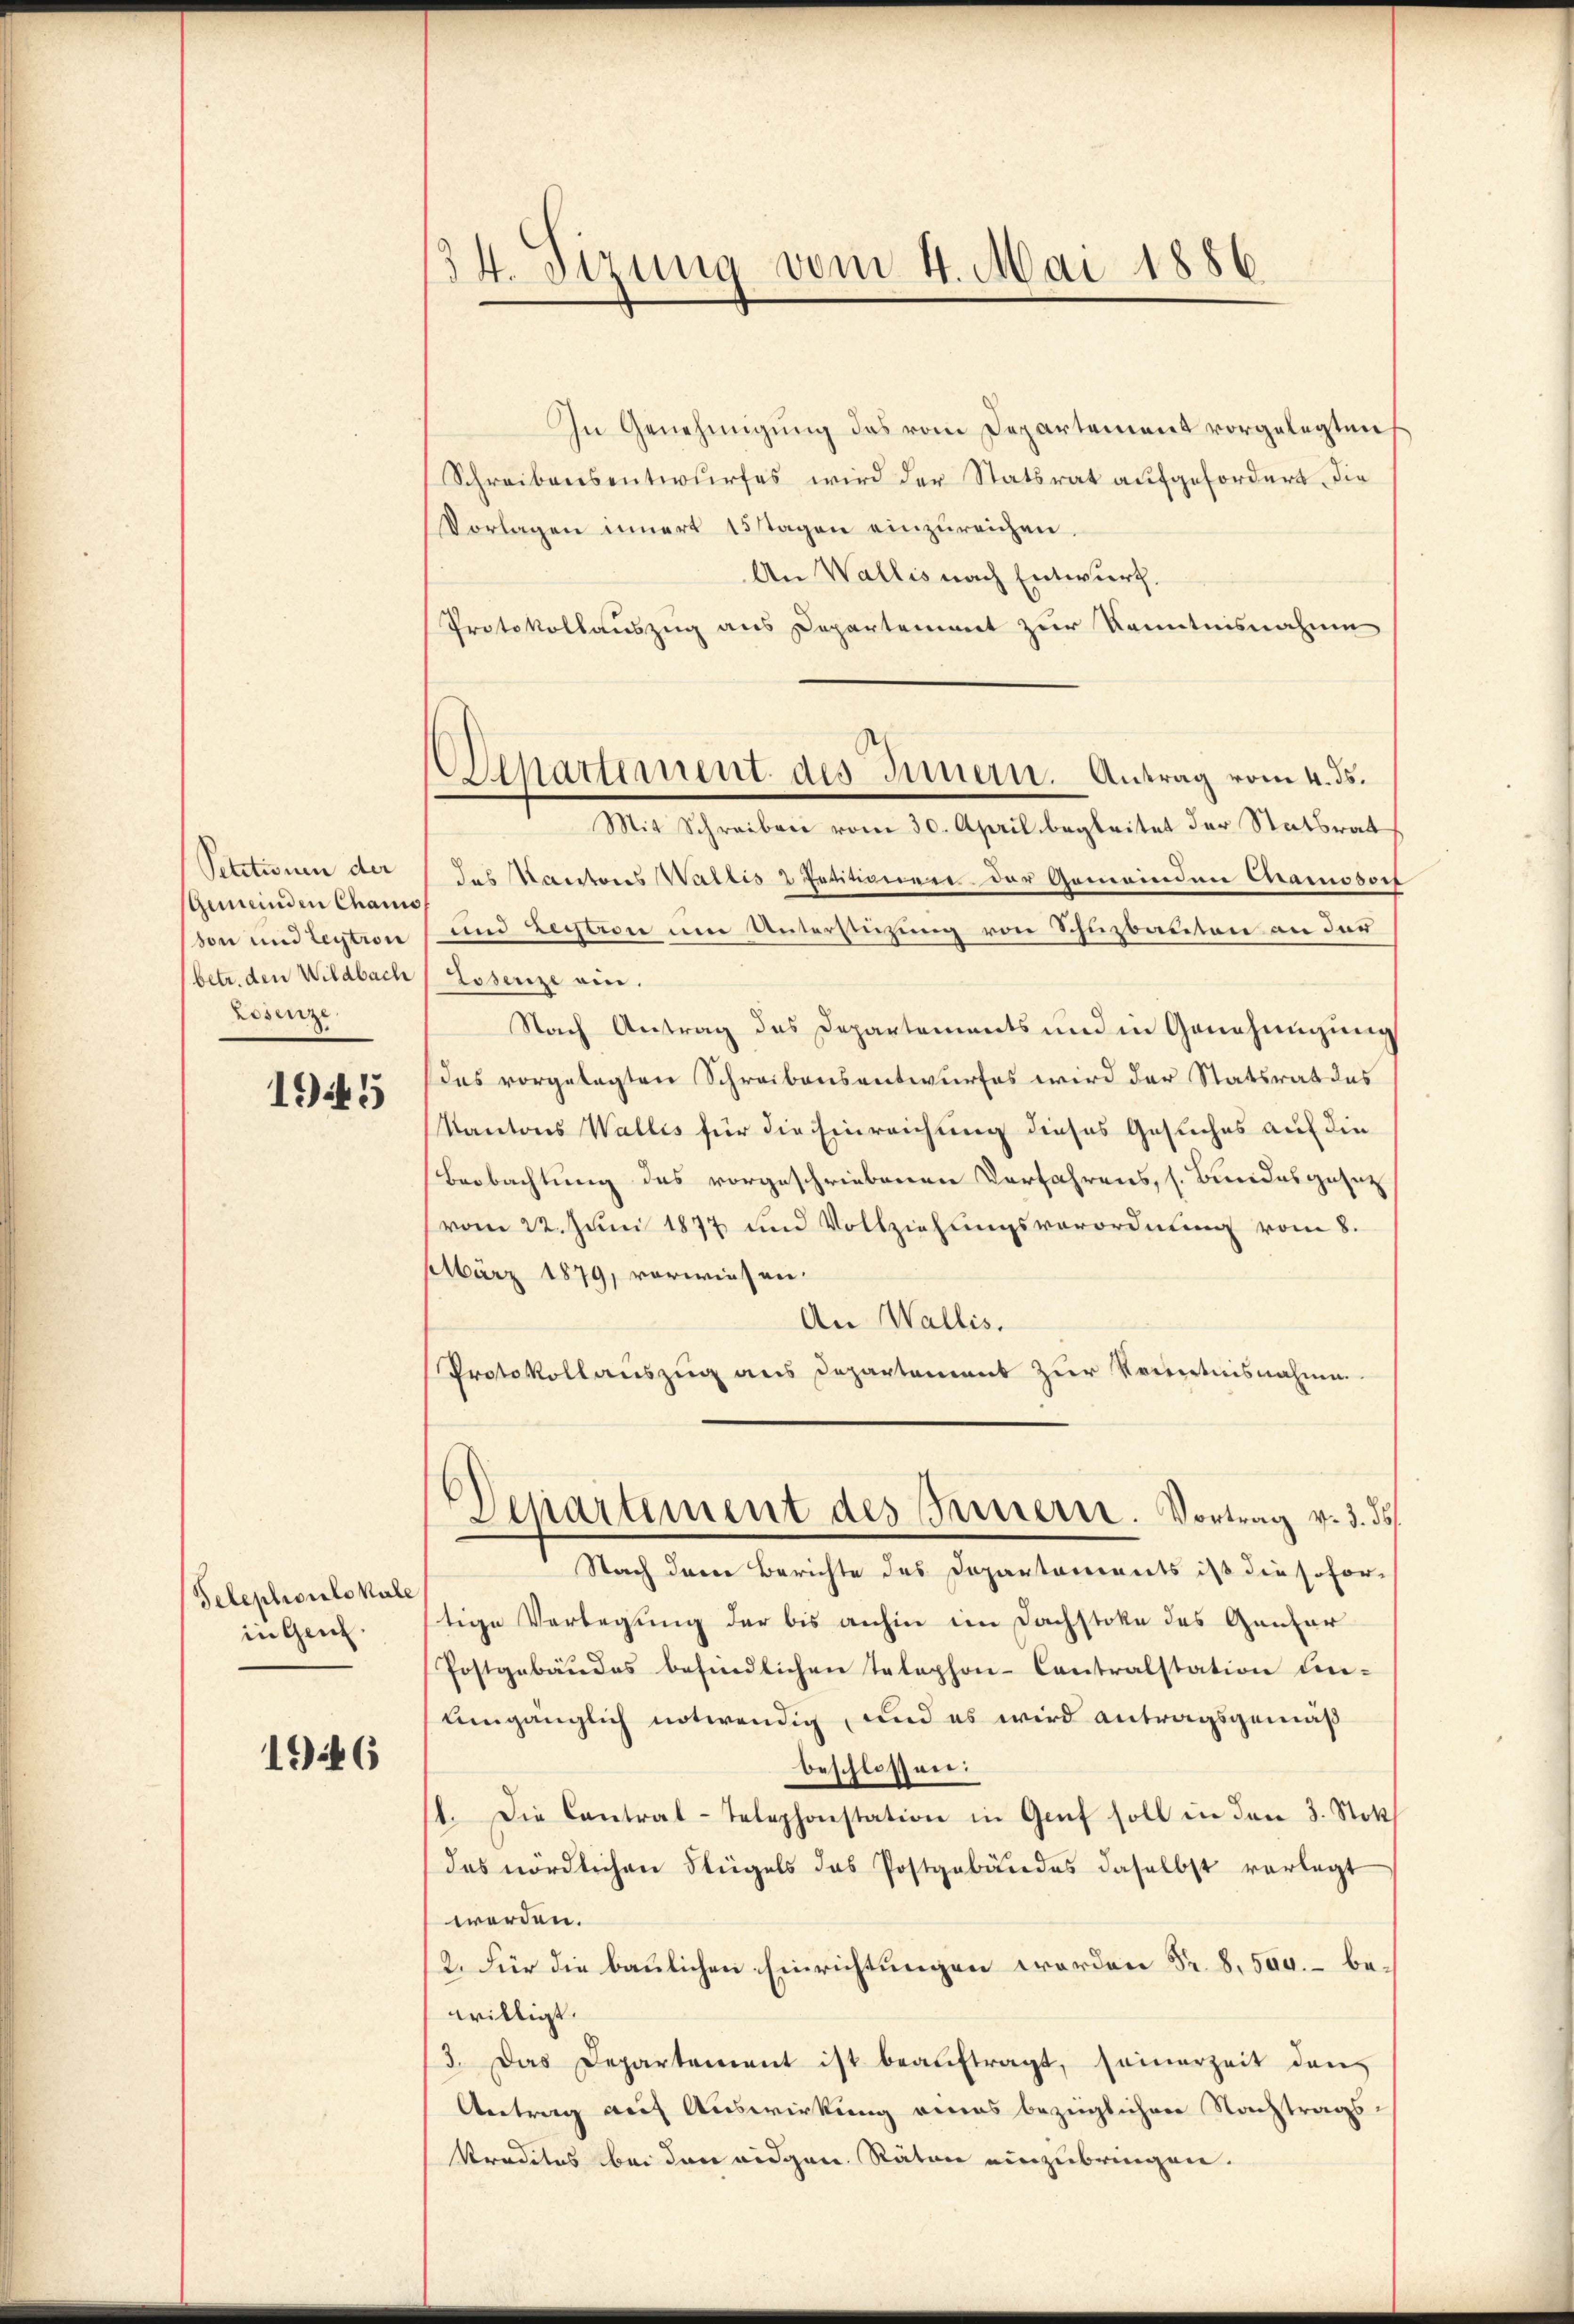
Petitionen der
sGemeinden Chamo
von und leytion
(betr. den Wildbach
Lesez

1945

Telephonlokale
in Gen.

1946

34. Sizung vom 4. Mai 1886.

Departement des Innern. Antrag vom 4. ds.

In Genehmigung das vom Departement vorgelegten
Schreibensentwŭrfes wird der Statsrat aufgefordert, die
Vorlagen innert 15 Tagen einzŭreichen.
An Wallis nach Entwurf.
Protokollauszug aus Departement zur Kenntnisnahme
Mit Schreiben vom 30. April begleitet der Statsrat
das Kantons Wallis 2 Petitionen der Gemeinden Chamosort
und Leistion um Unterstüzung von Schuzbauten an der
Tosenze ein.
Nach Antrag des Departements und in Genehmigung
Das vorgelegten Schreibensantwurfes wird der Statsrat des
Kantons Wallis für die Einreichung dieses Gesuches auf die
Beobachtung des vorgeschriebenen Verfahrens, s. Bundesgeset
vom 22. Juni 1877 und Vollziehungsverordnung vom 8.
März 1879, vorwiesen.
An Wallis.
Protokollauszug aus Departement zur Kenntnisnahmen.
Departement des Innern. Vortrag v. 3. ds.
Nach dem Berichte des Departaments ist die sofortige Verlegung der bis anhin im Dachstoke des Ganzer
Postgebäudes befindlichen Telephon-Contralstation un-
Umgänglich notwendig, und es wird antragsgemäß
beschlossen:
11. Die Contral-Telephonstation in Genf soll in den 3. Stok
das nördlichen Flügels das Postgebäudes daselbst vorlegt
werden.
2. Für die baulichen Einrichtungen worden Sr. S. 500. – bewilligt.
3. Das Departement ist beauftragt, seinerzeit den
Antrag auf Auswirkung eines bezüglichen Nachtrags-
Predites bei den eidgen. Räten einzubringen.